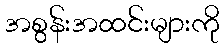
အစွန်းအထင်းများကို